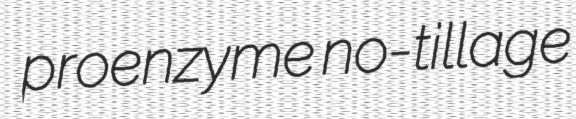
proenzyme no-tillage